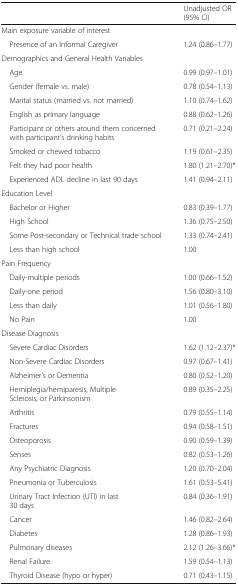
|  | Unadjusted OR (95% CI) |
 | --- | --- |
 | Main exposure variable of interest |  |
 | Presence of an Informal Caregiver | 1.24 (0.86–1.77) |
 | Demographics and General Health Variables |  |
 | Age | 0.99 (0.97–1.01) |
 | Gender (female vs. male) | 0.78 (0.54–1.13) |
 | Marital status (married vs. not married) | 1.10 (0.74–1.62) |
 | English as primary language | 0.88 (0.62–1.26) |
 | Participant or others around them concerned with participant’s drinking habits | 0.71 (0.21–2.24) |
 | Smoked or chewed tobacco | 1.19 (0.61–2.35) |
 | Felt they had poor health | 1.80 (1.21–2.70)* |
 | Experienced ADL decline in last 90 days | 1.41 (0.94–2.11) |
 | <COLSPAN=2> Education Level |
 | Bachelor or Higher | 0.83 (0.39–1.77) |
 | High School | 1.36 (0.75–2.50) |
 | Some Post-secondary or Technical trade school | 1.33 (0.74–2.41) |
 | Less than high school | 1.00 |
 | <COLSPAN=2> Pain Frequency |
 | Daily-multiple periods | 1.00 (0.66–1.52) |
 | Daily-one period | 1.56 (0.80–3.10) |
 | Less than daily | 1.01 (0.56–1.80) |
 | No Pain | 1.00 |
 | <COLSPAN=2> Disease Diagnosis |
 | Severe Cardiac Disorders | 1.62 (1.12–2.37)* |
 | Non-Severe Cardiac Disorders | 0.97 (0.67–1.41) |
 | Alzheimer’s or Dementia | 0.80 (0.52–1.20) |
 | Hemiplegia/hemiparesis, Multiple Sclerosis, or Parkinsonism | 0.89 (0.35–2.25) |
 | Arthritis | 0.79 (0.55–1.14) |
 | Fractures | 0.94 (0.58–1.51) |
 | Osteoporosis | 0.90 (0.59–1.39) |
 | Senses | 0.82 (0.53–1.26) |
 | Any Psychiatric Diagnosis | 1.20 (0.70–2.04) |
 | Pneumonia or Tuberculosis | 1.61 (0.53–5.41) |
 | Urinary Tract Infection (UTI) in last 30 days | 0.84 (0.36–1.91) |
 | Cancer | 1.46 (0.82–2.64) |
 | Diabetes | 1.28 (0.86–1.93) |
 | Pulmonary diseases | 2.12 (1.26–3.66)* |
 | Renal Failure | 1.59 (0.54–1.13) |
 | Thyroid Disease (hypo or hyper) | 0.71 (0.43–1.15) |